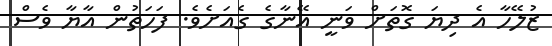
ޒުލޭހާ އެ ދިޔަ ގޮތަށް ވަނީ އޭނާގެ ގެއަށެވެ. ފަހަތުން އާޔާ ވެސް